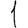
Digit: 1